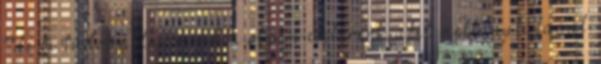
""de ki tudok állni minden olyan emberért, akit méltánytalanul